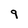
Character: 9